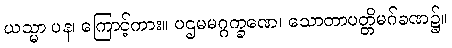
ယသ္မာ ပန၊ ကြောင့်ကား။ ပဌမမဂ္ဂက္ခဏေ၊ သောတာပတ္တိမဂ်ခဏ၌။